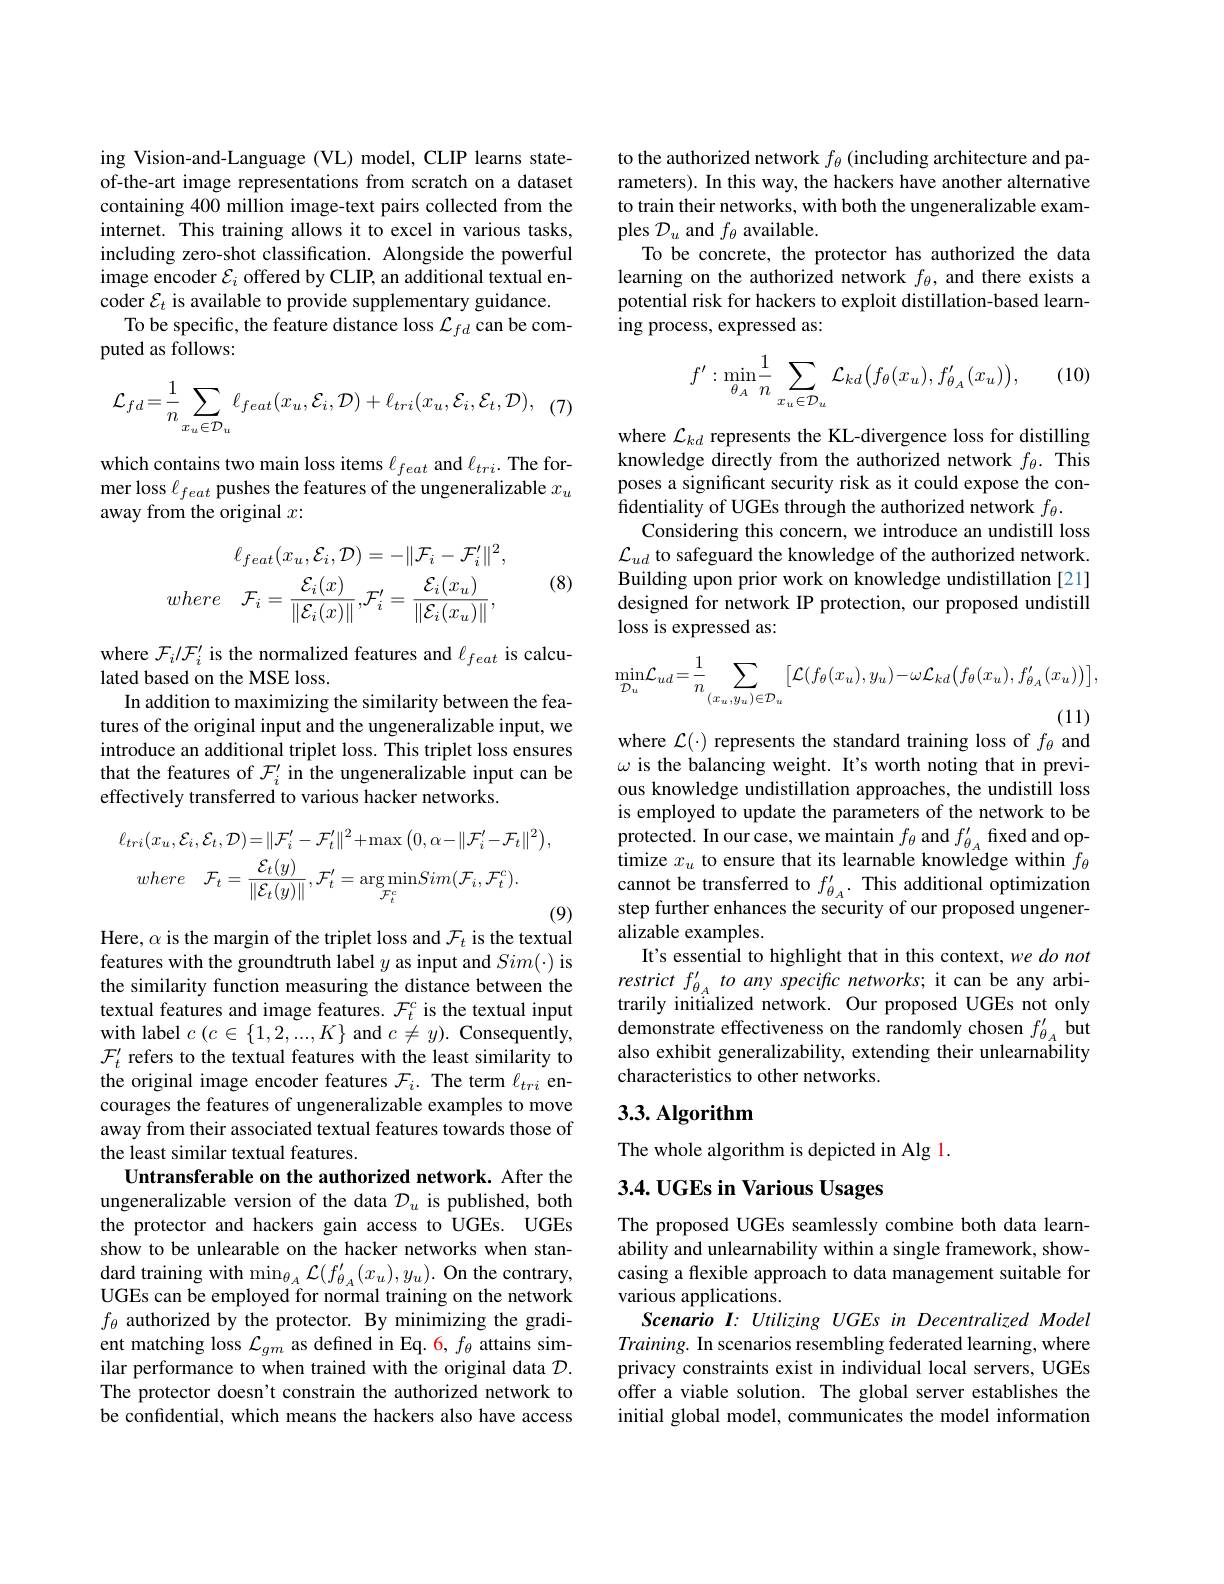
ing Vision-and-Language (VL) model, CLIP learns stateof-the-art image representations from scratch on a dataset containing 400 million image-text pairs collected from the internet. This training allows it to excel in various tasks, including zero-shot classification. Alongside the powerful image encoder $\mathcal{E}_i$ offered by CLIP, an additional textual encoder $\mathcal{E}_t$ is available to provide supplementary guidance.
To be specific, the feature distance loss $\mathcal{L}_fd$ can be com-
puted as follows:
$$\mathcal{L}_{fd}=\frac{1}{n}\sum_{x_{u}\in\mathcal{D}_{u}}\ell_{feat}(x_{u},\mathcal{E}_{i},\mathcal{D})+\ell_{tri}(x_{u},\mathcal{E}_{i},\mathcal{E}_{t},\mathcal{D}),$$
which contains two main loss items $\ell_{feat}$ and $\ell_{tri}.$ The former loss $\ell_feat$ pushes the features of the ungeneralizable $x_u$ away from the original $x:$

(8)
$$\ell_{feat}(x_{u},\mathcal{E}_{i},\mathcal{D})=-\|\mathcal{F}_{i}-\mathcal{F}_{i}^{\prime}\|^{2},\\where\quad\mathcal{F}_{i}=\frac{\mathcal{E}_{i}(x)}{\|\mathcal{E}_{i}(x)\|},\mathcal{F}_{i}^{\prime}=\frac{\mathcal{E}_{i}(x_{u})}{\|\mathcal{E}_{i}(x_{u})\|},$$
where $\mathcal{F}_i/\mathcal{F}_i^{\prime}$ is the normalized features and $\ell_feat$ is calcu-
lated based on the MSE loss.
In addition to maximizing the similarity between the features of the original input and the ungeneralizable input, we introduce an additional triplet loss. This triplet loss ensures that the features of $\mathcal{F}_i^\prime$ in the ungeneralizable input can be effectively transferred to various hacker networks.
$$\ell_{tri}(x_{u},\mathcal{E}_{i},\mathcal{E}_{t},\mathcal{D})=\|\mathcal{F}_{i}^{\prime}-\mathcal{F}_{t}^{\prime}\|^{2}+\max\left(0,\alpha-\|\mathcal{F}_{i}^{\prime}-\mathcal{F}_{t}\|^{2}\right),\\where\quad\mathcal{F}_{t}=\frac{\mathcal{E}_{t}(y)}{\|\mathcal{E}_{t}(y)\|},\mathcal{F}_{t}^{\prime}=\underset{\mathcal{F}_{t}^{c}}{\operatorname*{\arg\min}}Sim(\mathcal{F}_{i},\mathcal{F}_{t}^{c}).$$
Here, $\alpha$ is the margin of the triplet loss and $\mathcal{F}_t$ is the textual features with the groundtruth label $y$ as input and $Sim(\cdot)$ is the similarity function measuring the distance between the textual features and image features. $\mathcal{F}_t^c$ is the textual input with label $c\left(c\in\{1,2,...,K\}\text{ and }c\neq y\right).$ Consequently, $\mathcal{F}_{t}^{\prime}$ refers to the textual features with the least similarity to the original image encoder features $\mathcal{F}_i.$ The term $\ell_tri$ encourages the features of ungeneralizable examples to move away from their associated textual features towards those of the least similar textual features.
Untransferable on the authorized network. After the ungeneralizable version of the data $\mathcal{D}_u$ is published, both the protector and hackers gain access to UGEs. UGEs show to be unlearable on the hacker networks when stan- $\operatorname* { dard} _{\text{training with}}\operatorname* { min} _{\theta _{A}}\mathcal{L} ( f_{\theta _{A}}^{\prime }( x_{u}) , y_{u}) .$On the contrary, UGEs can be employed for normal training on the network $f_\theta$ authorized by the protector. By minimizing the gradient matching loss $\mathcal{L}_gm$ as defined in Eq. 6, $f_\theta$ attains similar performance to when trained with the original data $\mathcal{D}.$ The protector doesn't constrain the authorized network to be confidential, which means the hackers also have access

to the authorized network $f_\theta$ (including architecture and parameters). In this way, the hackers have another alternative to train their networks, with both the ungeneralizable examples $\mathcal{D}_u$ and $f_\theta$ available.
To be concrete, the protector has authorized the data learning on the authorized network $f_\theta$, and there exists a potential risk for hackers to exploit distillation-based learning process, expressed as:

(10)
$$f':\underset{\theta_A}{\operatorname*{min}}\frac{1}{n}\sum_{x_u\in\mathcal{D}_u}\mathcal{L}_{kd}\big(f_\theta(x_u),f_{\theta_A}'(x_u)\big),$$
where $\mathcal{L}_kd$ represents the KL-divergence loss for distilling knowledge directly from the authorized network $f_\theta.$ This poses a significant security risk as it could expose the confidentiality of UGEs through the authorized network $f_\theta.$
Considering this concern, we introduce an undistill loss $\mathcal{L}_{ud}$ to safeguard the knowledge of the authorized network. Building upon prior work on knowledge undistillation [21] designed for network IP protection, our proposed undistill loss is expressed as:
$$\min_{\mathcal{D}_{u}}\mathcal{L}_{ud}=\frac{1}{n}\sum_{(x_{u},y_{u})\in\mathcal{D}_{u}}\bigl[\mathcal{L}(f_{\theta}(x_{u}),y_{u})-\omega\mathcal{L}_{kd}\bigl(f_{\theta}(x_{u}),f_{\theta_{A}}^{\prime}(x_{u})\bigr)\bigr],$$
where $\mathcal{L}(\cdot)$ represents the standard training loss of $f_\theta$ and $\omega$ is the balancing weight. It's worth noting that in previous knowledge undistillation approaches, the undistill loss is employed to update the parameters of the network to be protected. In our case, we maintain $f_\theta$ and $f_{\theta_A}^{\prime}$ fixed and optimize $x_u$ to ensure that its learnable knowledge within $f_\theta$ cannot be transferred to $f_{\theta_A}^{\prime}.$ This additional optimization step further enhances the security of our proposed ungeneralizable examples.
It's essential to highlight that in this context, we do not restrict $f_{\theta_{A}}^{\prime}$ to any specific networks; it can be any arbitrarily initialized network. Our proposed UGEs not only demonstrate effectiveness on the randomly chosen $f_{\theta_A}^{\prime}$ but also exhibit generalizability, extending their unlearnability characteristics to other networks.

## 3.3.Algorithm

The whole algorithm is depicted in Alg 1.
# 3.4. UGEs in Various Usages

The proposed UGEs seamlessly combine both data learnability and unlearnability within a single framework, showcasing a flexible approach to data management suitable for various applications.
Scenario I: Utilizing UGEs in Decentralized Model Training. In scenarios resembling federated learning, where privacy constraints exist in individual local servers, UGEs offer a viable solution. The global server establishes the initial global model, communicates the model information